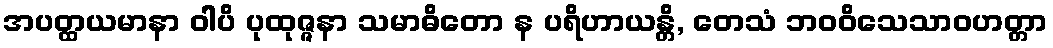
အပတ္ထယမာနာ ဝါပိ ပုထုဇ္ဇနာ သမာဓိတော န ပရိဟာယန္တိ, တေသံ ဘဝဝိသေသာဝဟတ္တာ